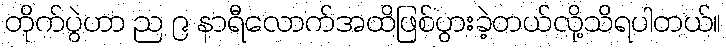
တိုက်ပွဲဟာ ည ၉ နာရီလောက်အထိဖြစ်ပွားခဲ့တယ်လို့သိရပါတယ်။